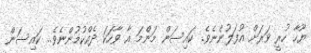
ޔޫހާ ހުރީ ވަރަށް އުފަލުންނެވެ. ކައިސަން މަންމަ އާ ވާހަކަ ދެއްކުމުންނެވެ.. ކައިސަން